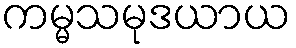
ကမ္မသမုဒယာယ